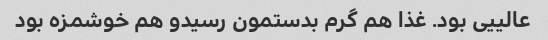
عالییی بود. غذا هم گرم بدستمون رسیدو هم خوشمزه بود